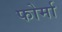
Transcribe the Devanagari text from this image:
फोर्मा